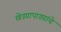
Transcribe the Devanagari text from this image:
खेड्यापाड्यांचे